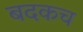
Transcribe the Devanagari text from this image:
बदकच